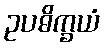
ဥပဓိက္ခယံ